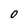
Character: 0